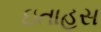
ઇતાહસ